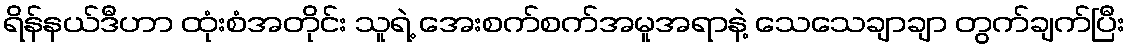
ရိန်နယ်ဒီဟာ ထုံးစံအတိုင်း သူရဲ့ အေးစက်စက်အမူအရာနဲ့ သေသေချာချာ တွက်ချက်ပြီး